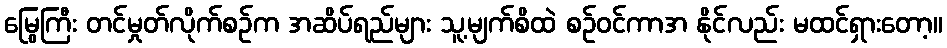
မြွေကြီး တင်မှုတ်လိုက်စဉ်က အဆိပ်ရည်များ သူ့မျက်စိထဲ စဉ်ဝင်ကာအ နိုင်လည်း မထင်ရှားတော့။